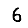
Digit: 6